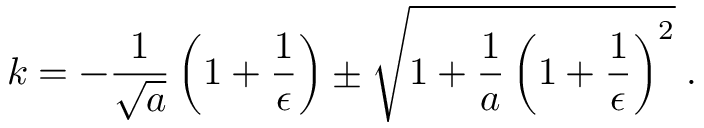
k = - \frac { 1 } { \sqrt { a } } \left( 1 + \frac { 1 } { \epsilon } \right) \pm \sqrt { 1 + \frac { 1 } { a } \left( 1 + \frac { 1 } { \epsilon } \right) ^ { 2 } } \; .